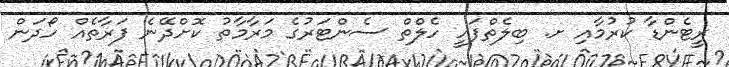
ރީޓެންޑާ ކުރުމާއި ށ. ބިލެތްފަހީ ހެލްތް ސެންޓަރުގެ މަރާމާތު ކޮށްދޭނެ ފަރާތެއް ހޯދަން